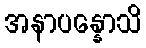
အနာပန္နောသိ